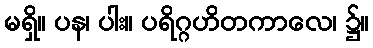
မရှိ။ ပန၊ ပါး။ ပရိဂ္ဂဟိတကာလေ၊ ၌။